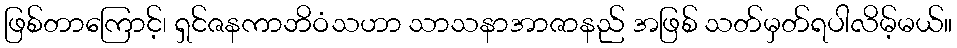
ဖြစ်တာကြောင့်၊ ရှင်ဇနကာဘိဝံသဟာ သာသနာအာဇာနည် အဖြစ် သတ်မှတ်ရပါလိမ့်မယ်။